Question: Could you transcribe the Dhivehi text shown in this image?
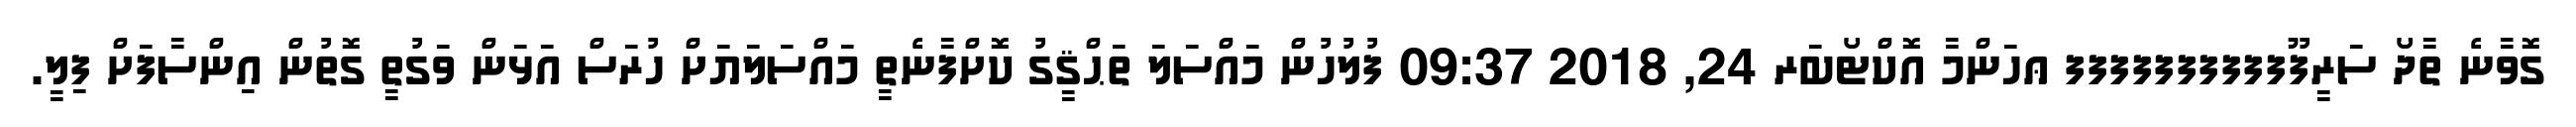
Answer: ގޮވާނެ ތާދޯ ސަރީފޫފފފފފފފފފފ ޢހަންމާ އޮކްޓޯބަރ 24, 2018 09:37 ފުލުހުން މައްސަލަ ތަޙްޤީގު ކޮށްފާނެތީ މައްސަލަޔަށް ހުރަސް އަޅަން ވަގުތީ ގޮތުން އިންސާފަށް ފިލީ.